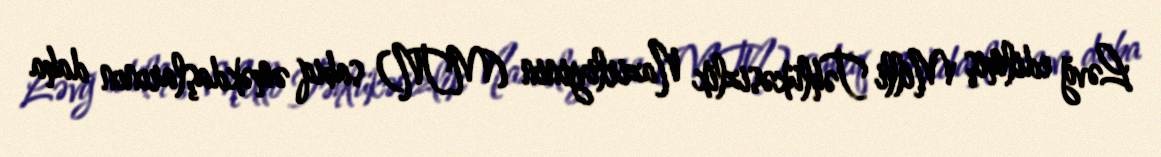
Ləvğ edilmiş Milli Təhlükəsizlik Nazirliyinin (MTN) sabiq əməkdaşlarının daha